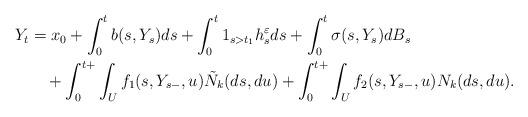
LaTeX: \begin{align*}\aligned Y_{t}&=x_0+\int_{0}^tb(s,Y_{s})ds+\int_{0}^t1_{s>t_1}h_{s}^\varepsilon ds+\int_{0}^t\sigma(s,Y_{s})dB_s\\&\quad+\int_{0}^{t+}\int_Uf_1(s,Y_{s-},u)\tilde{N}_k(ds,du)+\int_{0}^{t+}\int_Uf_2(s,Y_{s-},u)N_k(ds,du).\endaligned\end{align*}